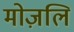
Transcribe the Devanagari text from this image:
मोज़लि